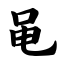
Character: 黾